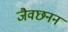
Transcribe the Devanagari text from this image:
जैवछनन